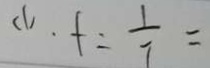
( 1 ) . f = \frac { 1 } { 7 } =